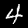
Label: 4